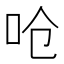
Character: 呛